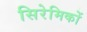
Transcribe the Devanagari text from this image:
सिरेमिकों